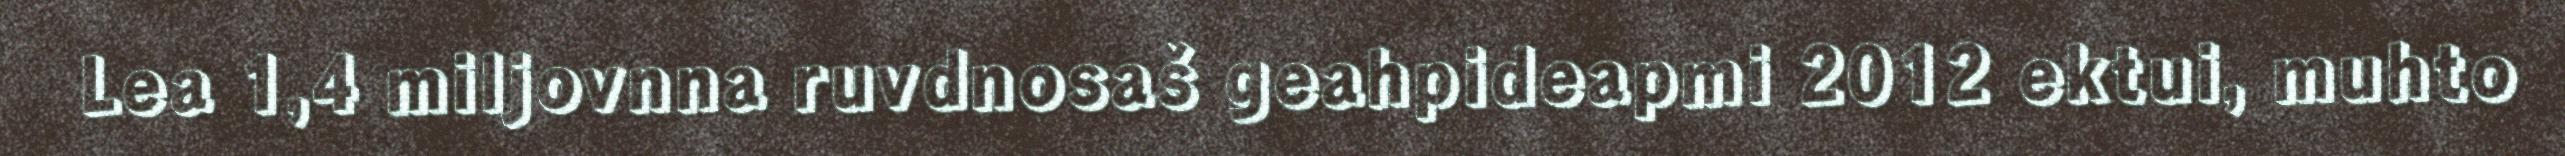
Lea 1,4 miljovnna ruvdnosaš geahpideapmi 2012 ektui, muhto